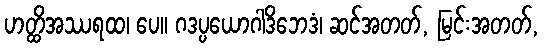
ဟတ္ထိအဿရထ၊ ပေ။ ဂဒပ္ပယောဂါဒိဘေဒံ၊ ဆင်အတတ်, မြင်းအတတ်,